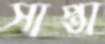
সাপ্তা